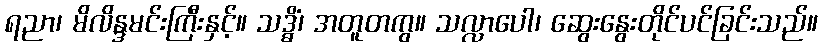
ရညာ၊ မိလိန္ဒမင်းကြီးနှင့်။ သဒ္ဓိံ၊ အတူတကွ။ သလ္လာပေါ၊ ဆွေးနွေးတိုင်ပင်ခြင်းသည်။